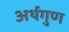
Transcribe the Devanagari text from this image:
अर्थगुण